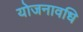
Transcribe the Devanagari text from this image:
योजनावधि